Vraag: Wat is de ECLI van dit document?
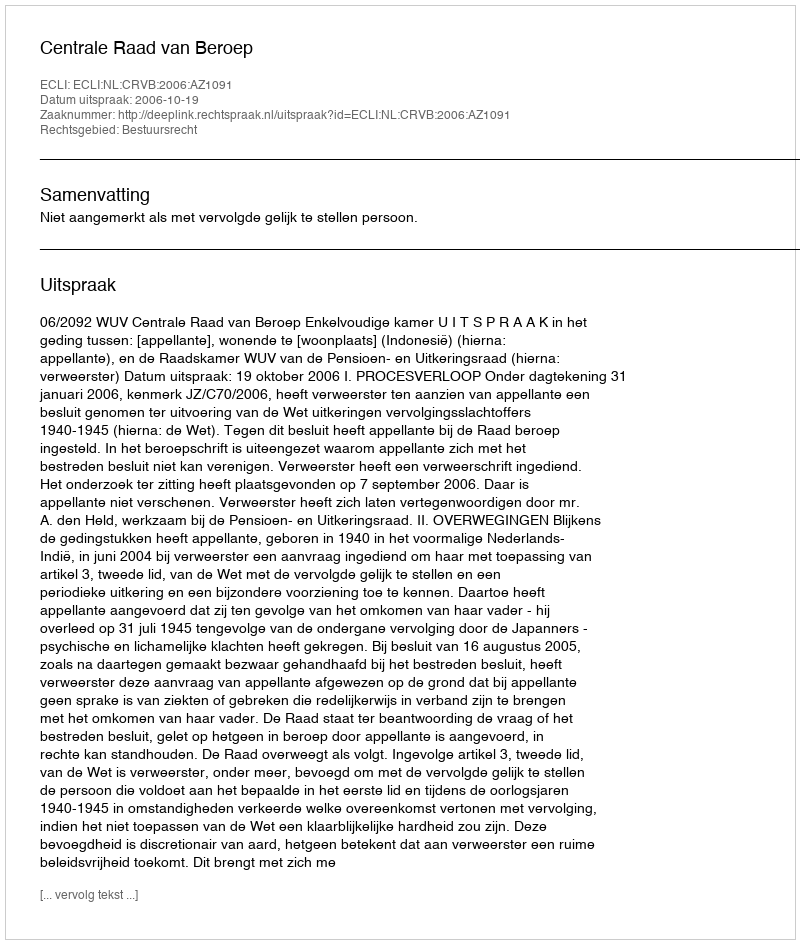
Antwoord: ECLI:NL:CRVB:2006:AZ1091